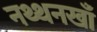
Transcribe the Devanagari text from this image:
नथ्थनखाँ